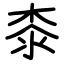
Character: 桼